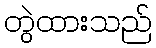
တွဲထားသည်